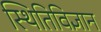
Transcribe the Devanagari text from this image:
स्थितिविज्ञान